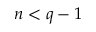
n < q - 1